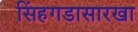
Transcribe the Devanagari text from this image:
सिंहगडासारखा